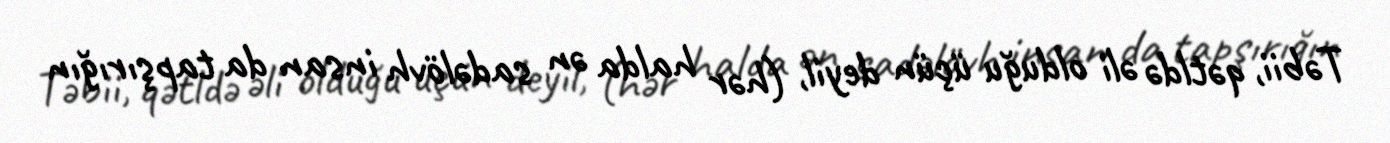
Təbii, qətldə əli olduğu üçün deyil, (hər halda ən sadəlövh insan da tapşırığın